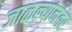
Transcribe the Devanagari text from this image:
जाळल्यानंतर